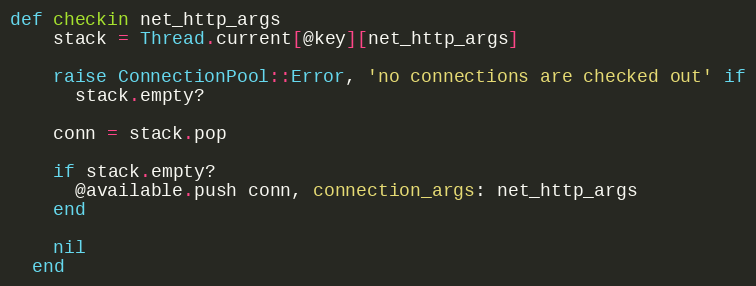
Language: Ruby
def checkin net_http_args
    stack = Thread.current[@key][net_http_args]

    raise ConnectionPool::Error, 'no connections are checked out' if
      stack.empty?

    conn = stack.pop

    if stack.empty?
      @available.push conn, connection_args: net_http_args
    end

    nil
  end